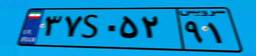
۷۰S۰۳۲۴۸